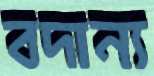
বদান্য